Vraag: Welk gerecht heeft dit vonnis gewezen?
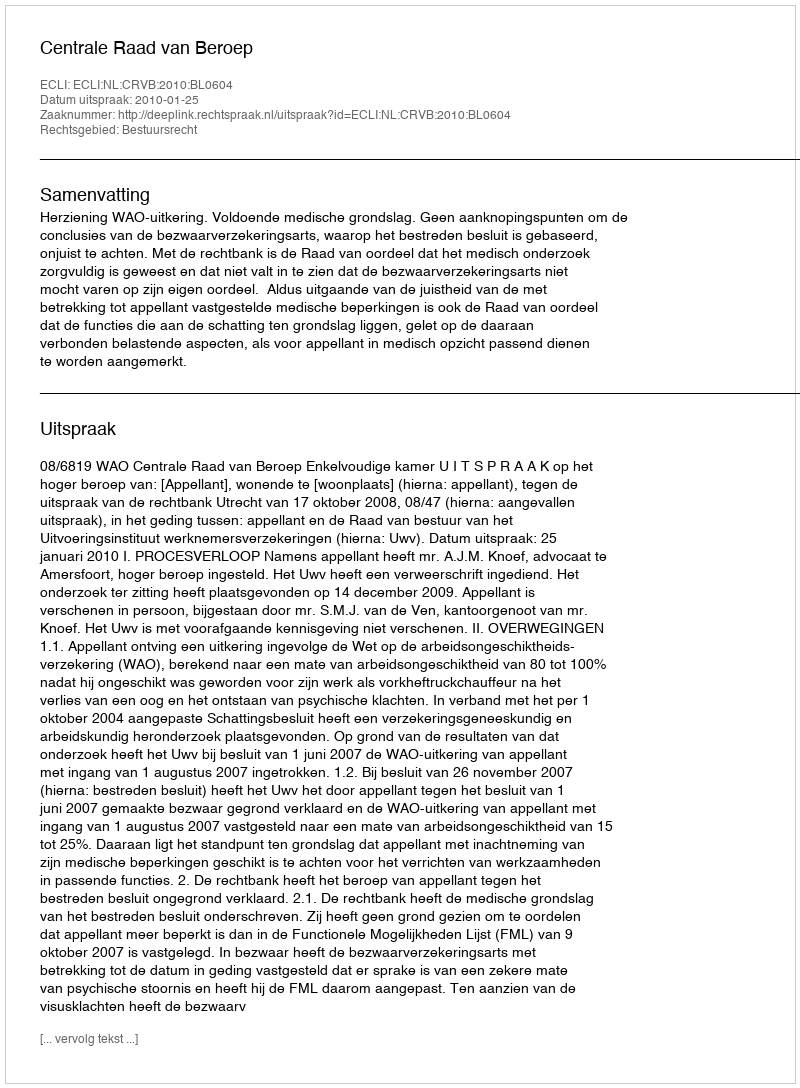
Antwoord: Centrale Raad van Beroep